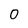
Character: O